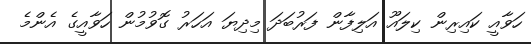
ހަވާއީ ކައިރިން ކިލައޫ އަލިފާން ފަރުބަދަ މިދިޔަ އަހަރު ގޮވުމުން ހަވާއީގެ އެންމެ